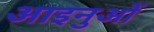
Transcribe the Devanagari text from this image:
आइनुओं